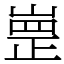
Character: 㟵